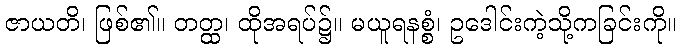
ဇာယတိ၊ ဖြစ်၏။ တတ္ထ၊ ထိုအရပ်၌။ မယူရနစ္စံ၊ ဥဒေါင်းကဲ့သို့ကခြင်းကို။